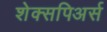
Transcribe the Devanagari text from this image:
शेक्सपिअर्स